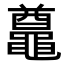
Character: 𪓵